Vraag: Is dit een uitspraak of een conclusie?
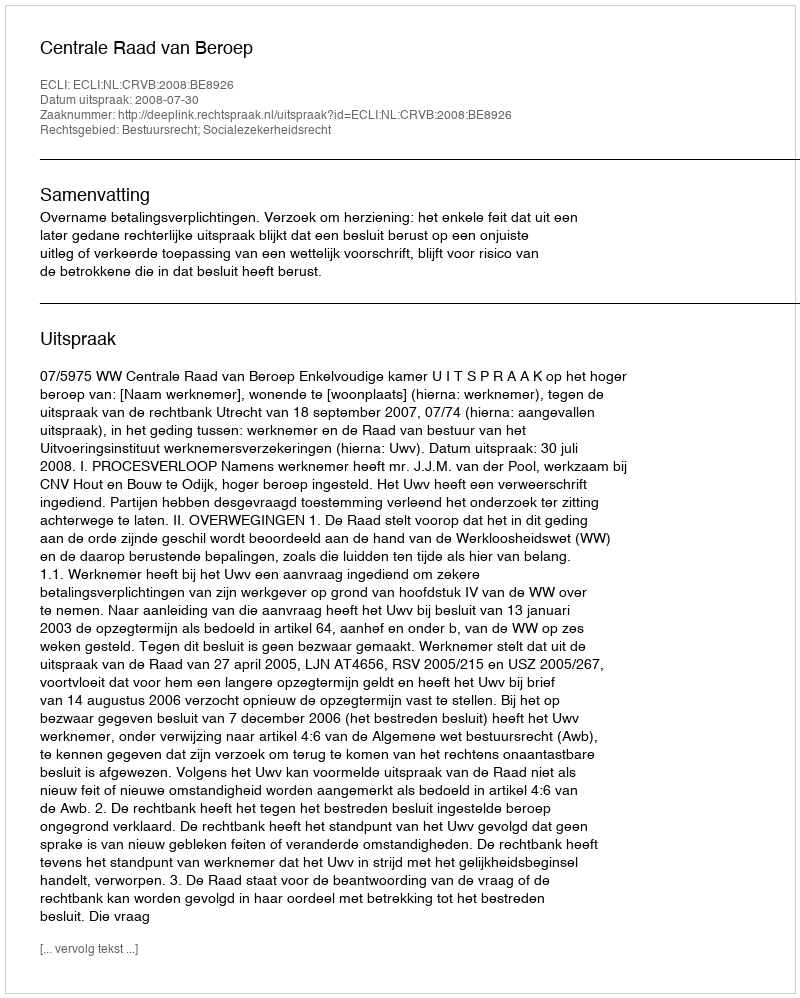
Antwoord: Uitspraak